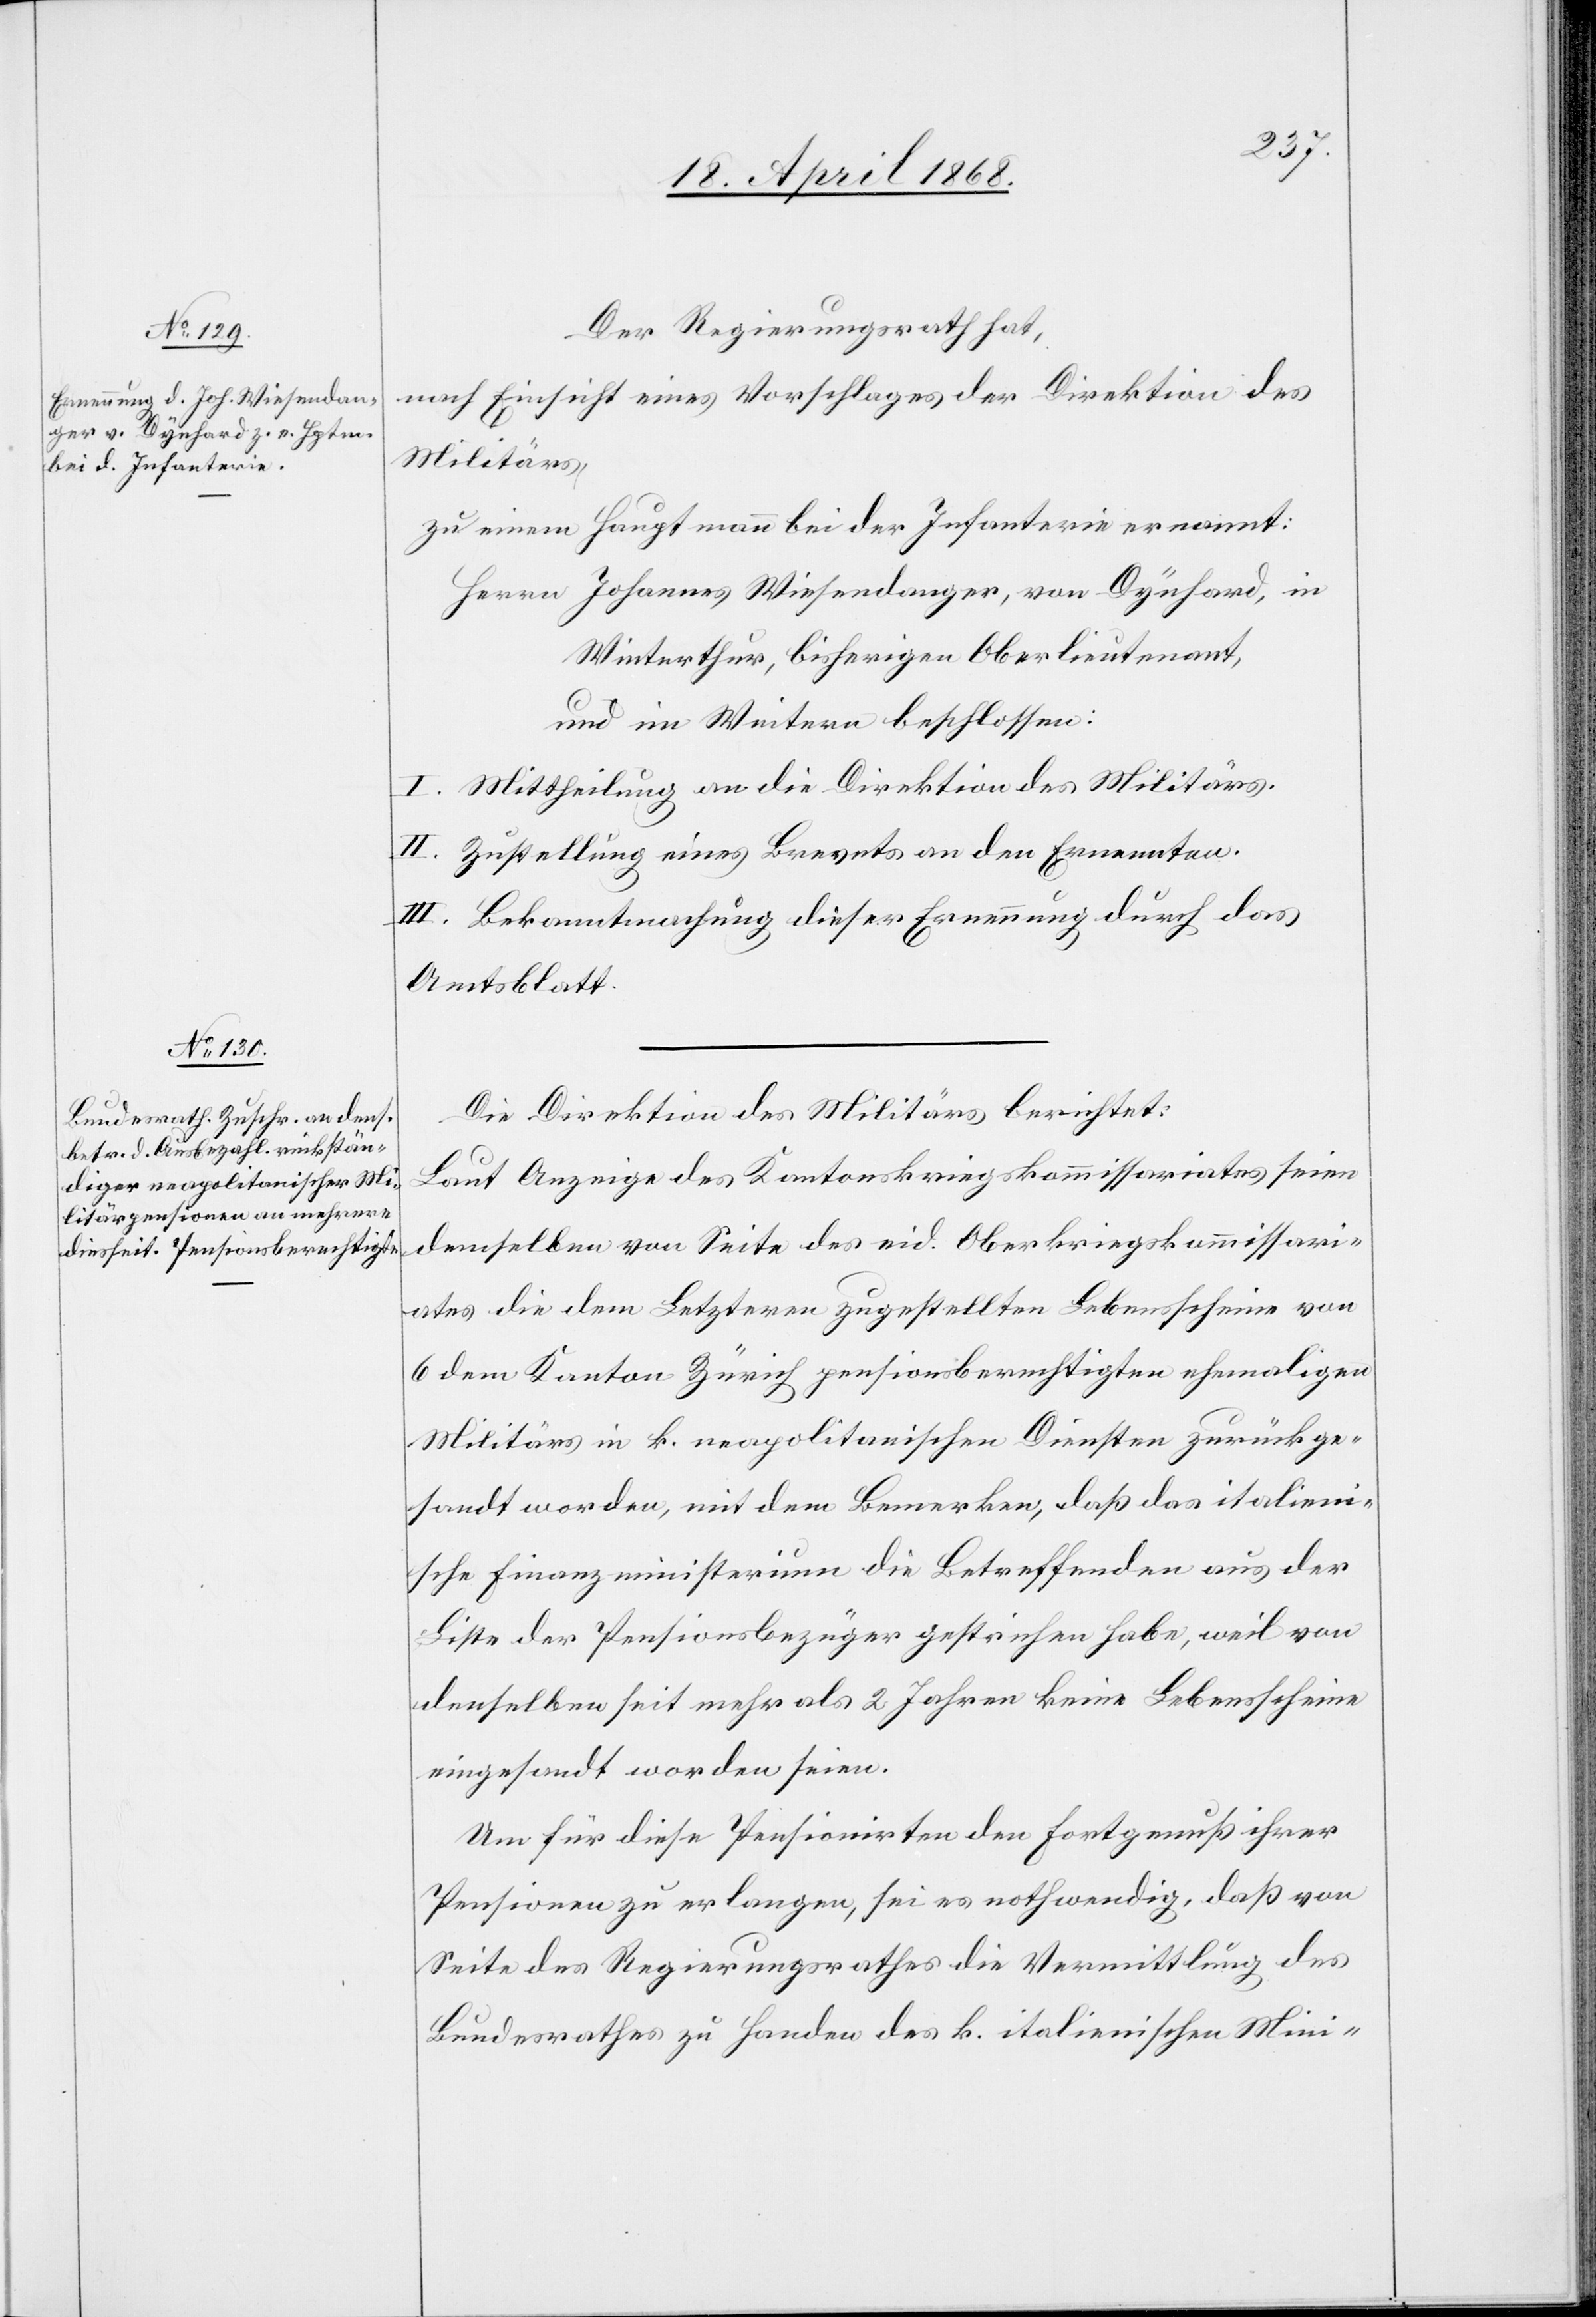
Der Regierungsrath hat,
nach Einsicht eines Vorschlages der Direktion des
Militärs,
zu einem Hauptmann bei der Infanterie ernannt:
Herrn Johannes Wiesendanger, von Dynhard, in
Winterthur, bisherigen Oberlieutenant,
und im Weitern beschlossen:
I. Mittheilung an die Direktion des Militärs.
II. Zustellung eines Brevets an den Ernennten.
III. Bekanntmachung dieser Ernennung durch das
Amtsblatt.
Die Direktion des Militärs berichtet:
Laut Anzeige des Kantonskriegskommissariates seien
demselben von Seite des eid. Oberkriegskommissari¬
ates die dem Letzteren zugestellten Lebensscheine von
6 dem Kanton Zürich pensionsberechtigten ehemaligen
Militärs in k. neapolitanischen Diensten zurückge¬
sandt worden, mit dem Bemerken, daß das italieni¬
sche Finanzministerium die Betreffenden aus der
Liste der Pensionsbezüger gestrichen habe, weil von
denselben seit mehr als 2 Jahren keine Lebensscheine
eingesandt worden seien.
Um für diese Pensionirten den Fortgenuß ihrer
Pensionen zu erlangen, sei es nothwendig, daß von
Seite des Regierungsrathes die Vermittlung des
Bundesrathes zu Handen des k. italienischen Mini-